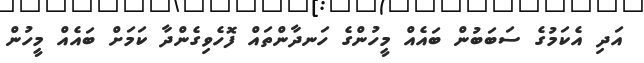
އަދި އެކަމުގެ ސަބަބުން ބައެއް މީހުންގެ ހަނދާންތައް ފޮހެވިގެންދާ ކަމަށް ބައެއް މީހުން